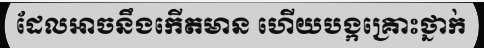
ដែលអាចនឹងកើតមាន ហើយបង្កគ្រោះថ្នាក់